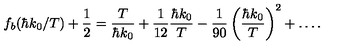
f _ { b } ( \hbar k _ { 0 } / T ) + \frac { 1 } { 2 } = \frac { T } { \hbar k _ { 0 } } + \frac { 1 } { 1 2 } \frac { \hbar k _ { 0 } } { T } - \frac { 1 } { 9 0 } \left( \frac { \hbar k _ { 0 } } { T } \right) ^ { 2 } + \ldots .